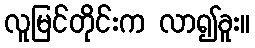
လူမြင်တိုင်းက လာ၍ခူး။